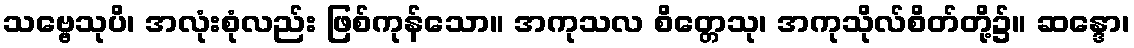
သဗ္ဗေသုပိ၊ အလုံးစုံလည်း ဖြစ်ကုန်သော။ အကုသလ စိတ္တေသု၊ အကုသိုလ်စိတ်တို့၌။ ဆန္ဒော၊